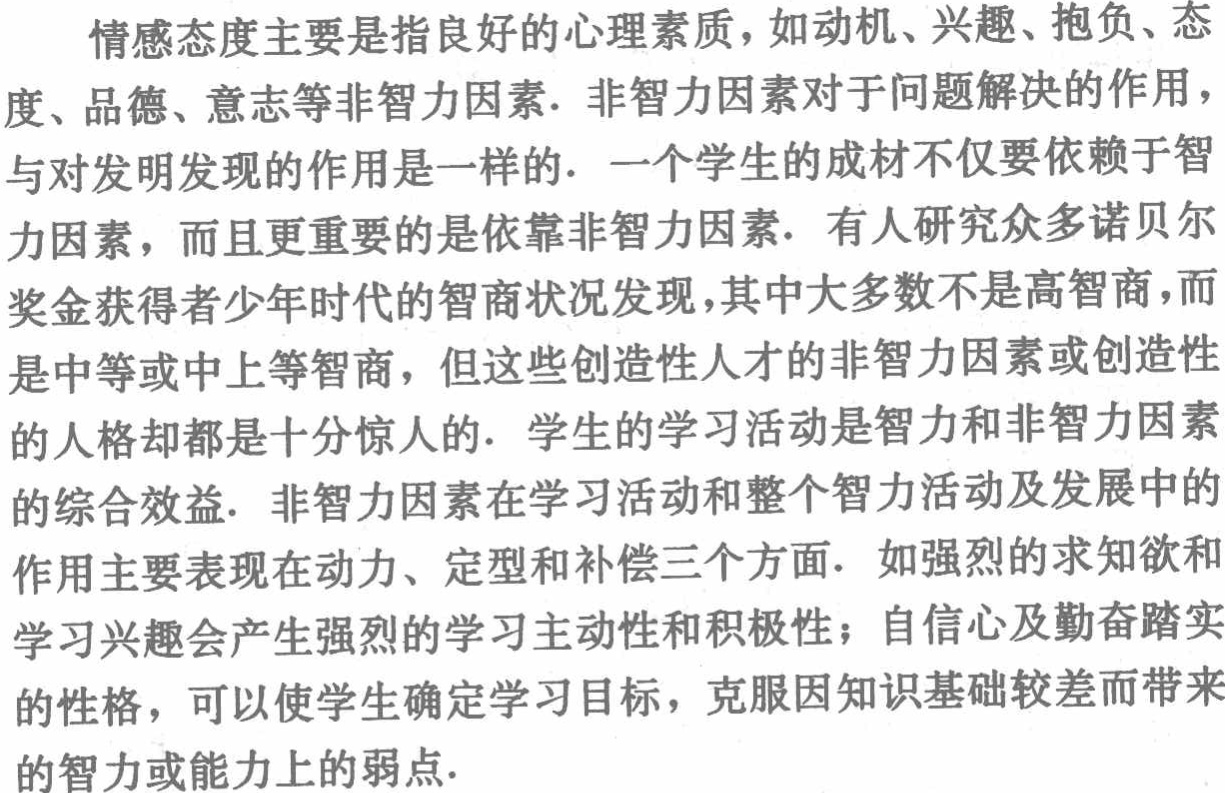
情感态度主要是指良好的心理素质，如动机、兴趣、抱负、态度、品德、意志等非智力因素. 非智力因素对于问题解决的作用，与对发明发现的作用是一样的. 一个学生的成材不仅要依赖于智力因素，而且更重要的是依靠非智力因素. 有人研究众多诺贝尔奖金获得者少年时代的智商状况发现，其中大多数不是高智商，而是中等或中上等智商，但这些创造性人才的非智力因素或创造性的人格却都是十分惊人的. 学生的学习活动是智力和非智力因素的综合效益. 非智力因素在学习活动和整个智力活动及发展中的作用主要表现在动力、定型和补偿三个方面. 如强烈的求知欲和学习兴趣会产生强烈的学习主动性和积极性；自信心及勤奋踏实的性格，可以使学生确定学习目标，克服因知识基础较差而带来的智力或能力上的弱点.